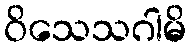
ဝိသေသဂါမိ